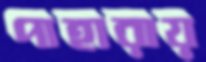
পাহারায়